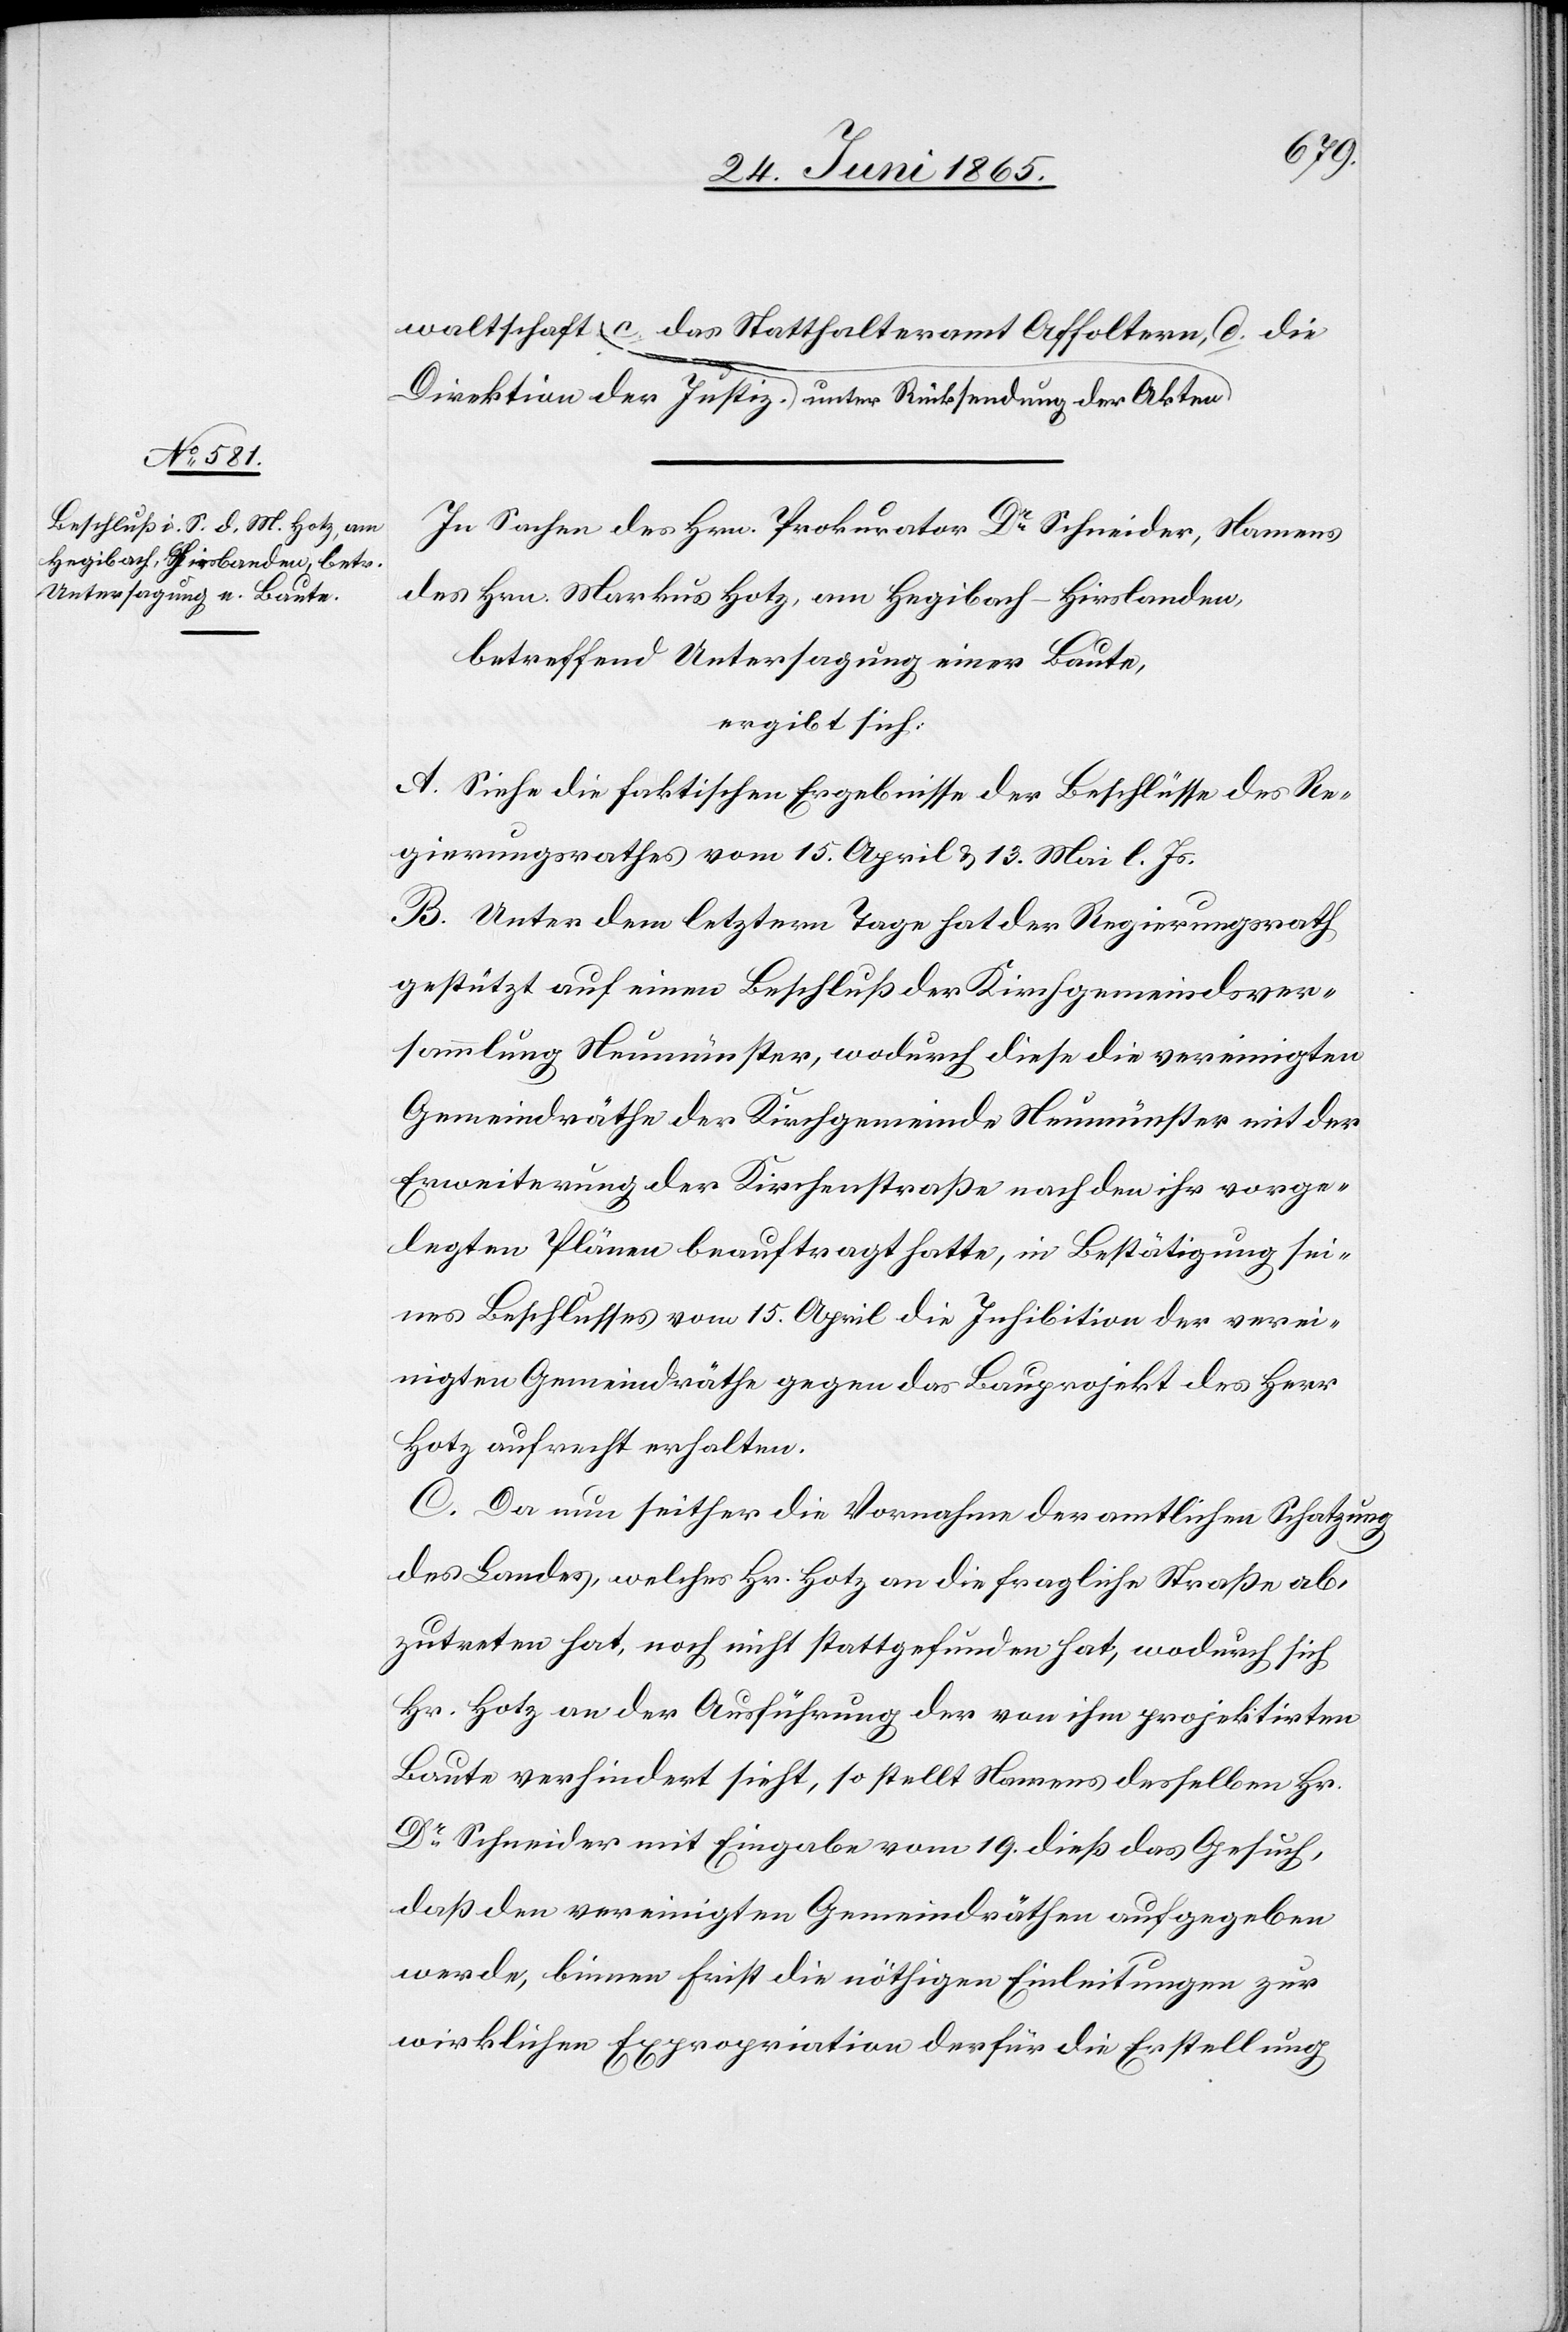
der
In Sachen des Hrn. Prokurator Dr Schneider, Namens
des Hrn. Markus Hotz, am Hegibach-Hirslanden,
betreffend Untersagung einer Baute,
ergibt sich:
A. Siehe die faktischen Ergebnisse der Beschlüsse des Re¬
gierungsrathes vom 15. April & 13. Mai l. Js.
B. Unter dem letztern Tage hat der Regierungsrath
gestützt auf einen Beschluß der Kirchgemeindsver¬
sammlung Neumünster, wodurch diese die vereinigten
Gemeindräthe der Kirchgemeinde Neumünster mit der
Erweiterung der Kirchenstraße nach den ihr vorge¬
legten Plänen beauftragt hatte, in Bestätigung sei¬
nes Beschlusses vom 15. April die Inhibition der verei¬
nigten Gemeindräthe gegen das Bauprojekt des Herr
Hotz aufrecht erhalten.
C. Da nun seither die Vornahme der amtlichen Schatzung
des Landes, welches Hr. Hotz an die fragliche Straße ab¬
zutreten hat, noch nicht stattgefunden hat, wodurch sich
Hr. Hotz an der Ausführung der von ihm projektirten
Baute verhindert sieht, so stellt Namens desselben Hr
Dr Schneider mit Eingabe vom 19. dieß das Gesuch,
daß den vereinigten Gemeindräthen aufgegeben
werde, binnen Frist die nöthigen Einleitungen zur
wirklichen Expropriation der für die Erstellung